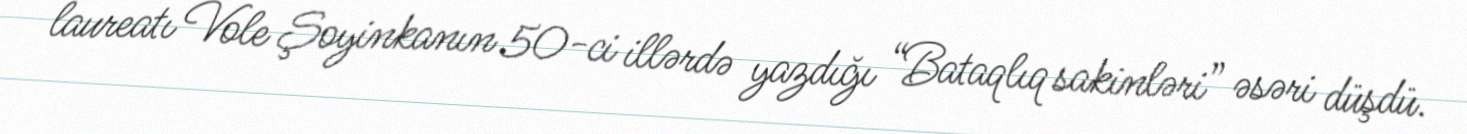
laureatı Vole Şoyinkanın 50-ci illərdə yazdığı “Bataqlıq sakinləri” əsəri düşdü.